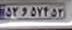
۵۲و۵۷۴۵۳